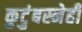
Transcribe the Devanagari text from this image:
कुटुंबस्नेही